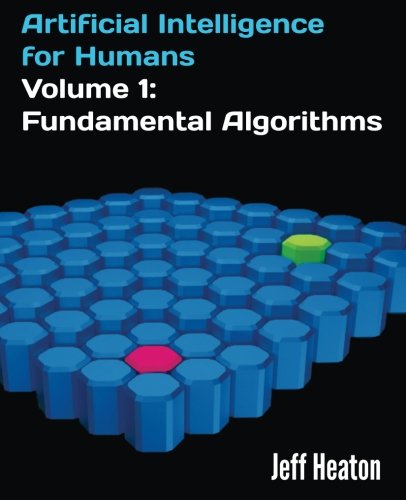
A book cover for Artificial Intelligence for Humans, Volume 1: Fundamental Algorithms; Jeff Heaton; Computers & Technology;